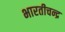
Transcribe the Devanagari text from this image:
भारतीचन्द्र